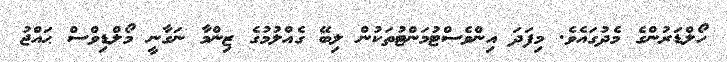
ހޯލްޑަރުންގެ މެދުގައެވެ. މިފަދަ އިންވެސްޓުމަންޓުތަކުން ލިބޭ ގެއްލުމުގެ ޒިންމާ ނަގާނީ މޯލްޑިވްސް ޙައްޖު